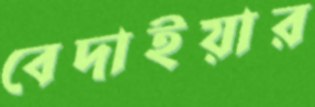
বেদাইয়ার